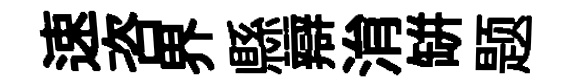
速咨界縣辯㳙缾题